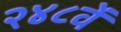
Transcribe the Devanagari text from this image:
२४८वें